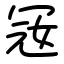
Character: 㓂